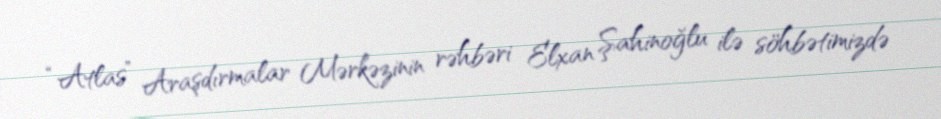
“Atlas” Araşdırmalar Mərkəzinin rəhbəri Elxan Şahinoğlu ilə söhbətimizdə